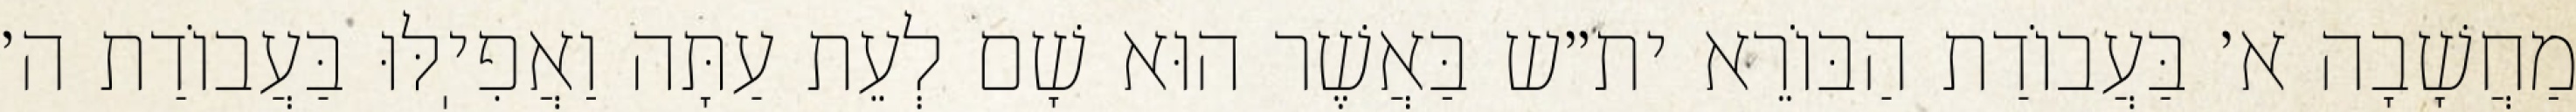
מַחֲשָׁבָה א׳ בַּעֲבוֹדַת הַבּוֹרֵא ית״ש בַּאֲשֶׁר הוּא שָׁם לְעֵת עַתָּה וַאֲפִיֽלּוּ בַּעֲבוֹדַת ה׳